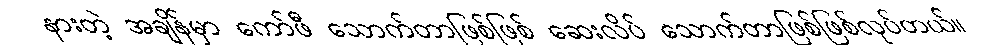
နားတဲ့ အချိန်မှာ ကော်ဖီ သောက်တာဖြစ်ဖြစ် ဆေးလိပ် သောက်တာဖြစ်ဖြစ်လုပ်တယ်။